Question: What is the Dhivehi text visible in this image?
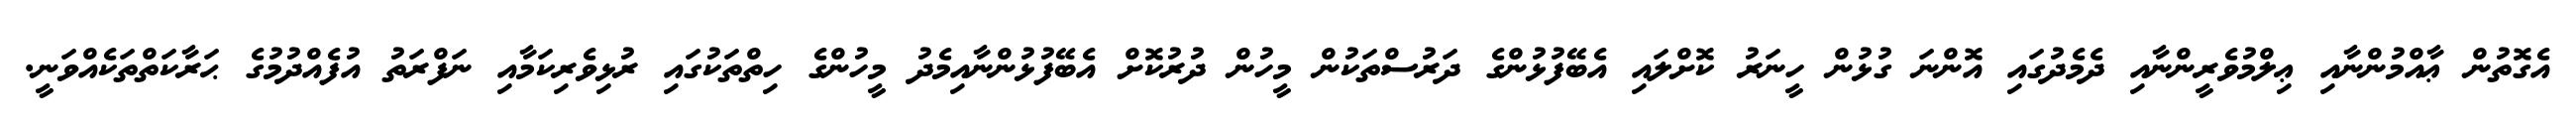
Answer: އެގޮތުން ޢާއްމުންނާއި ޢިލްމުވެރީންނާއި ދެމެދުގައި އޮންނަ ގުޅުން ހީނަރު ކޮށްލައި އެބޭފުޅުންގެ ދަރުސްތަކުން މީހުން ދުރުކޮށް އެބޭފުޅުންނާއިމެދު މީހުންގެ ހިތްތަކުގައި ރުޅިވެރިކަމާއި ނަފްރަތު އުފެއްދުމުގެ ޙަރާކަތްތަކެއްވަނީ.